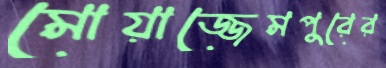
মোয়াজ্জেমপুরের